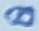
Text: 8